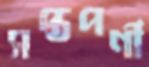
সপ্তপর্ণী